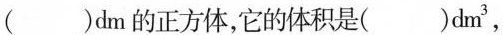
()dm的正方体，它的体积是()dm^{3}，